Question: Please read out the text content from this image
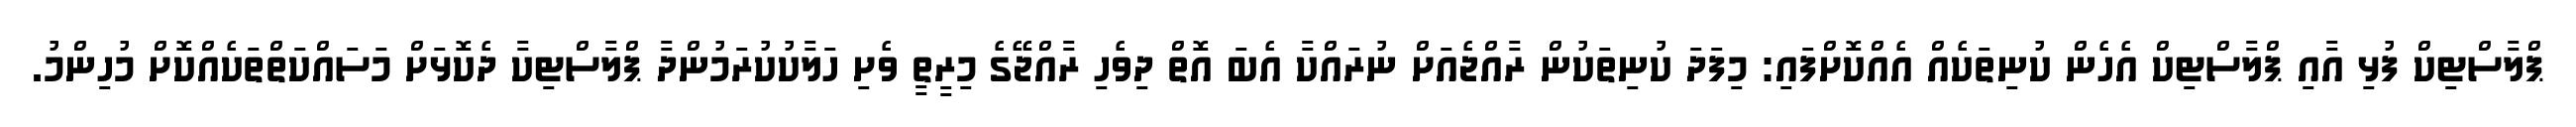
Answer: ޕްލާސްޓިކް ފުޅި އާއި ޕްލާސްޓިކް އެހެން ކުނިތަކެއް އެއްކޮށްފައި: މިފަދަ ކުނިތަކުން ރާއްޖެއަށް ނުރައްކާ އެބަ އޮތް ދިވެހި ރާއްޖޭގެ މިރީތީ ވެށި ހަލާކުކުރަމުންދާ ޕްލާސްޓިކާ ދެކޮޅަށް މަސައްކަތްތަކެއްކޮށް މުހިންމު.